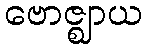
ဗောဇ္ဈာယ